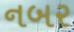
નબર